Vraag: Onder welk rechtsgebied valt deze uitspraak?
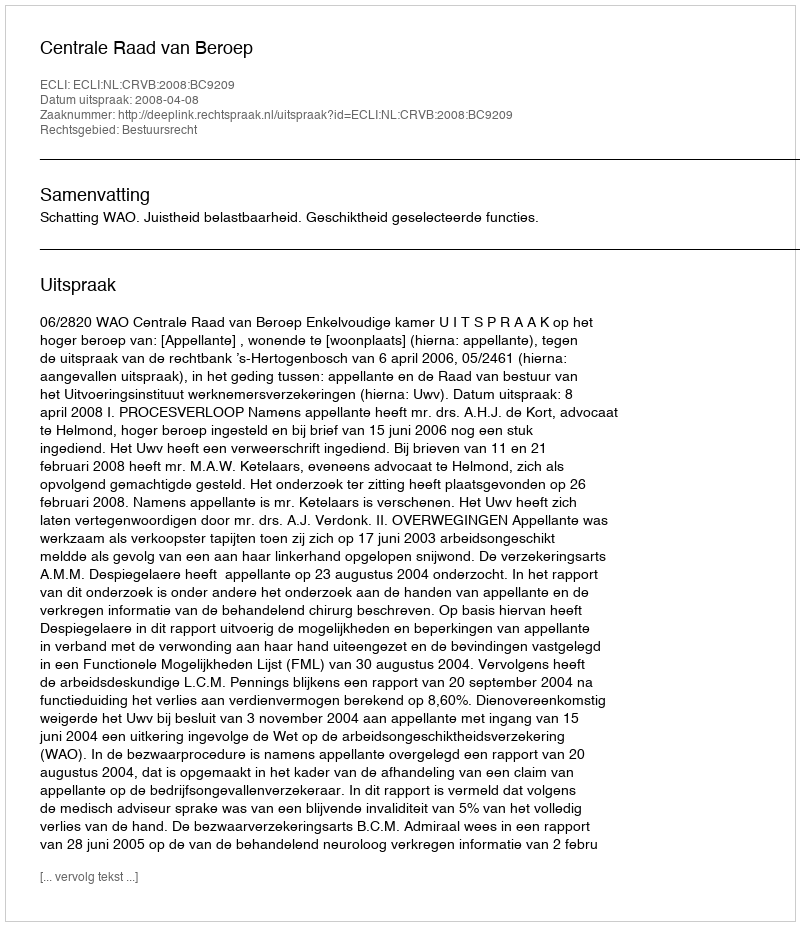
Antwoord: Bestuursrecht